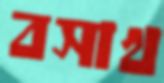
বসাখ